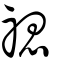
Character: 禗